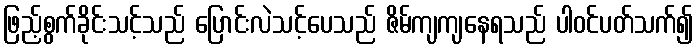
ဖြည့်စွက်ခိုင်းသင့်သည် ပြောင်းလဲသင့်ပေသည် ဇိမ်ကျကျနေရသည် ပါဝင်ပတ်သက်၍